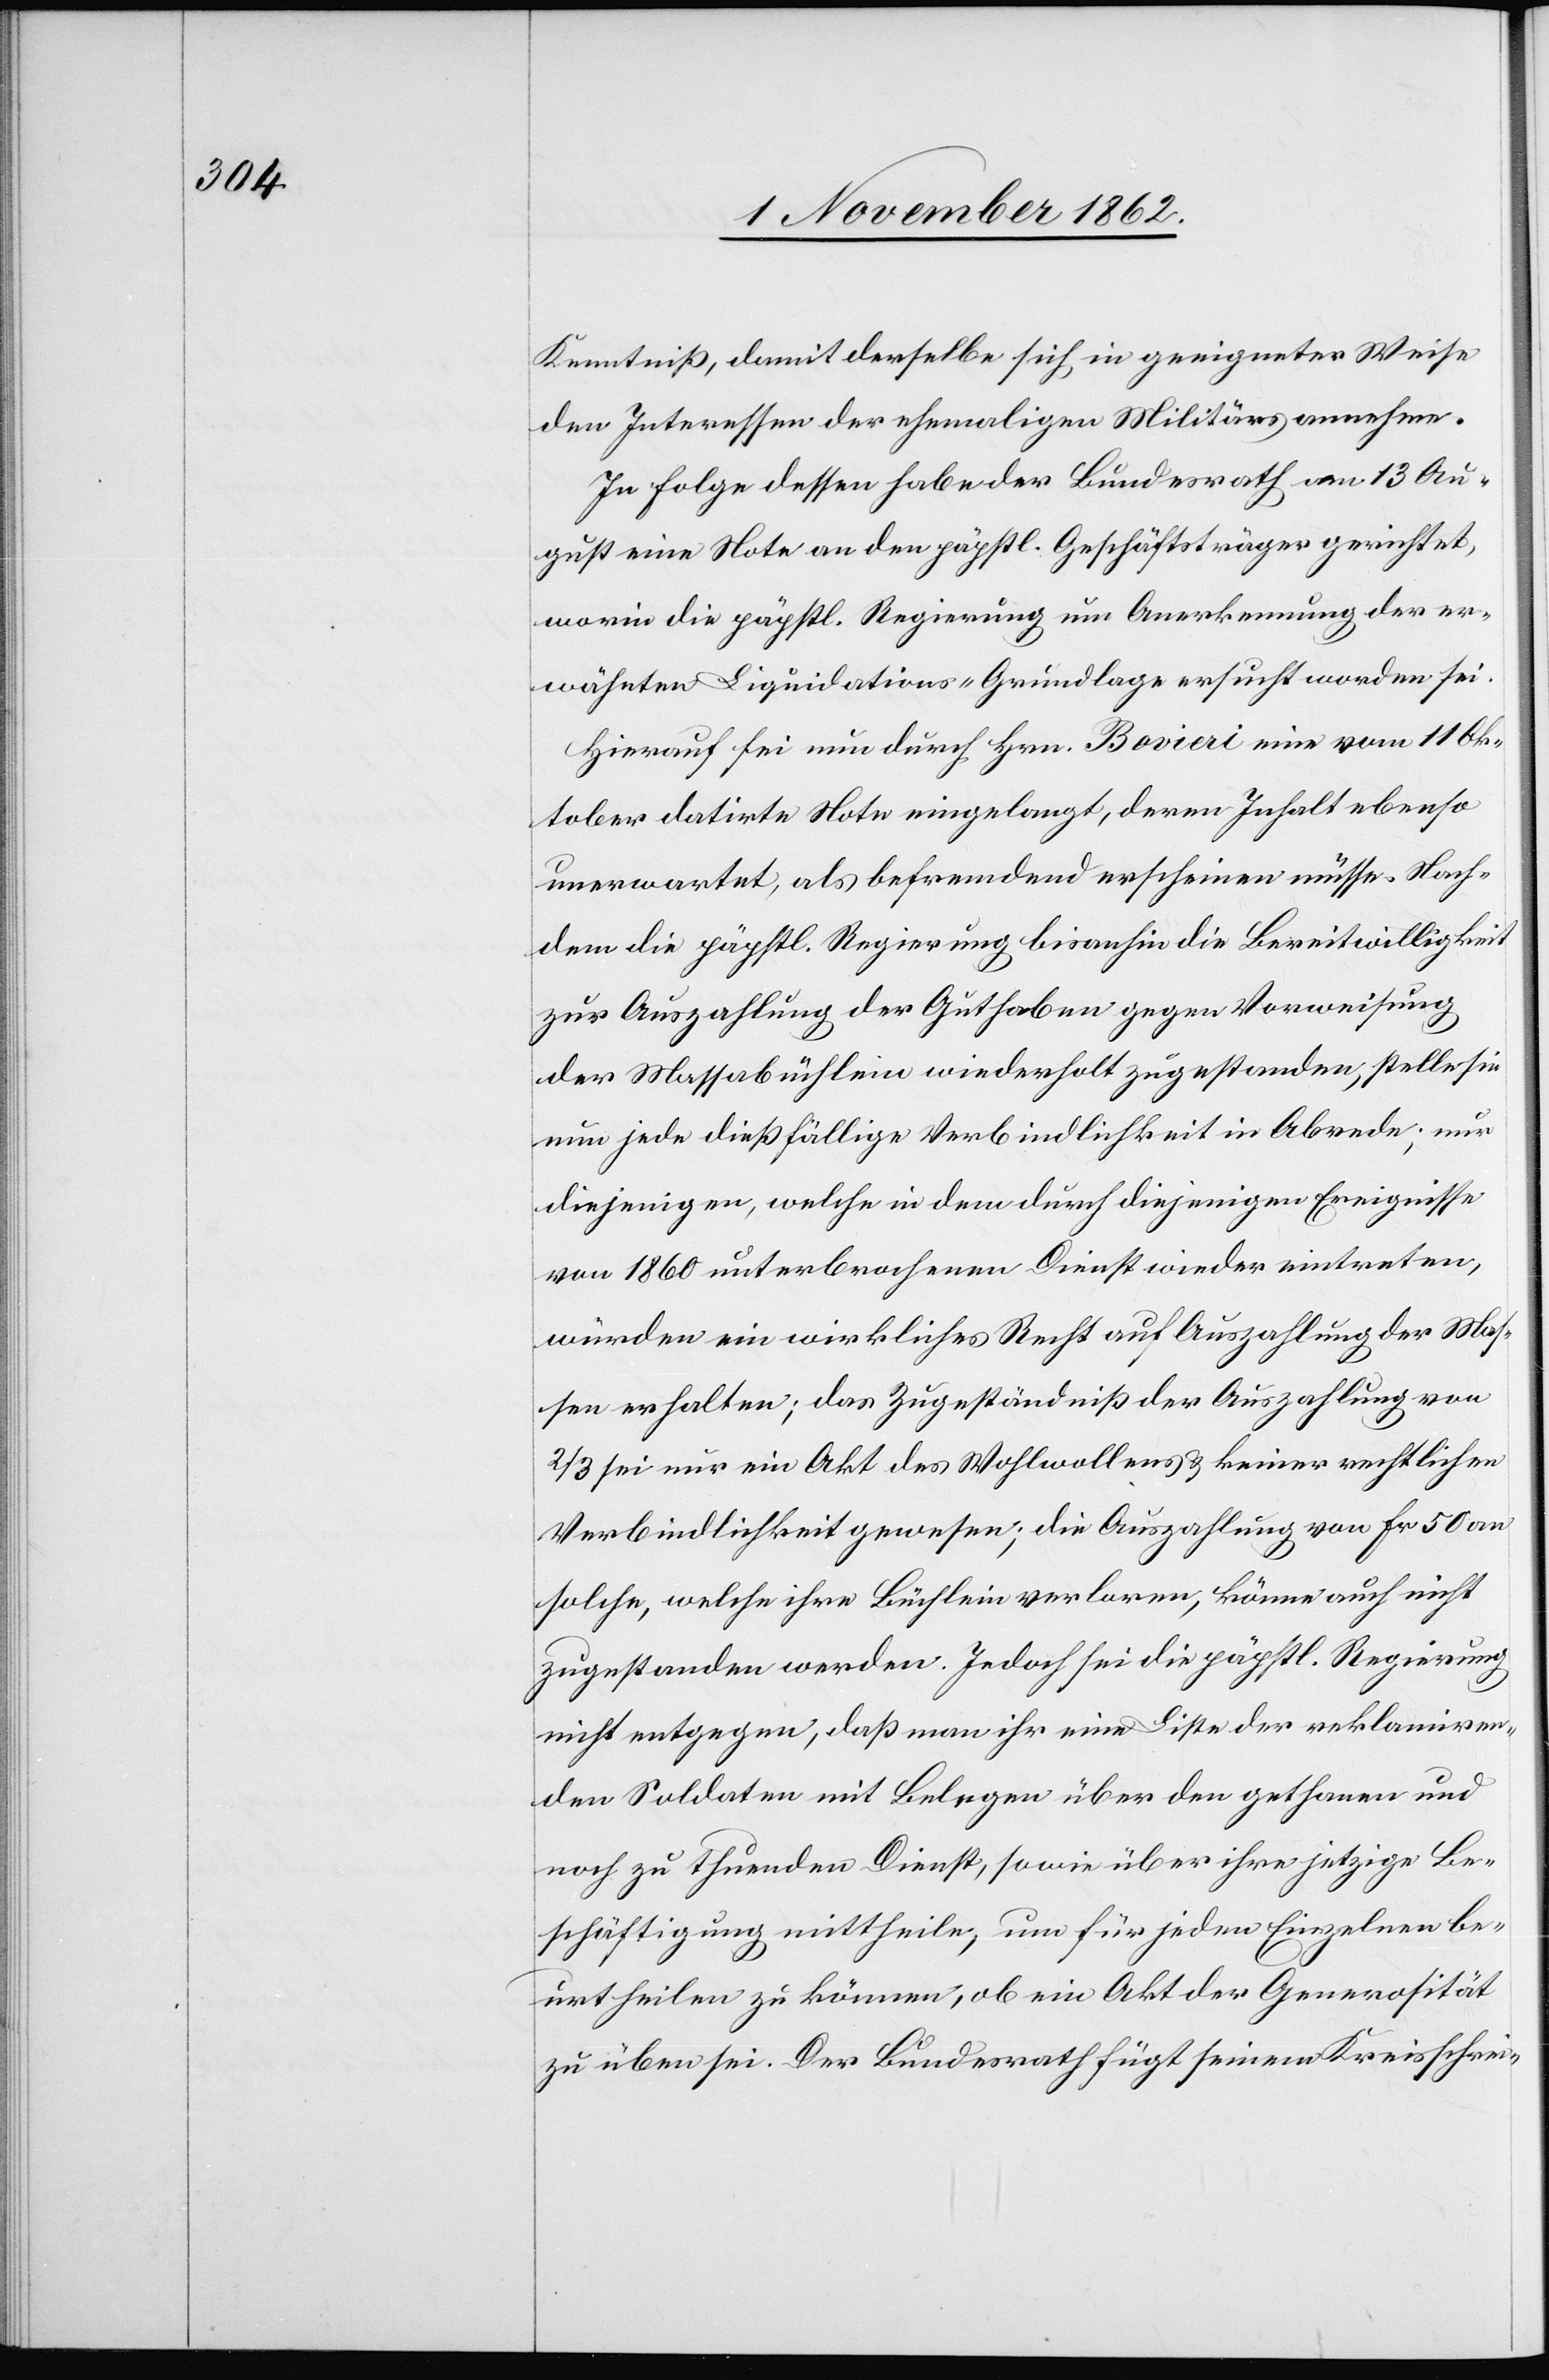
Kenntniß, damit derselbe sich in geeigneter Weise
den Interessen der ehemaligen Militärs annehme.
In Folge dessen habe der Bundesrath am 13. Au¬
gust eine Note an den päpstl. Geschäftsträger gerichtet,
worin die päpstl. Regierung um Anerkennung der er¬
wähnten Liquidations-Grundlage ersucht worden sei.
Hierauf sei nun durch Hrn. Bovieri eine vom 11. Ok¬
tober datirte Note eingelangt, deren Inhalt ebenso
unerwartet, als befremdend erscheinen müsse. Nach¬
dem die päpstl. Regierung bisanhin die Bereitwilligkeit
zur Auszahlung der Guthaben gegen Vorweisung
der Massabüchlein wiederholt zugestanden, stellte sie
nun jede dießfällige Verbindlichkeit in Abrede; nur
diejenigen, welche in dem durch diejenigen Ereignisse
von 1860 unterbrochenen Dienst wieder eintreten,
würden ein wirkliches Recht auf Auszahlung der Mas¬
sen erhalten; das Zugeständniß der Auszahlung von
2/3 sei nur ein Akt des Wohlwollens u. keiner rechtlichen
Verbindlichkeit gewesen; die Auszahlung von Fr. 50 an
solche, welche ihre Büchlein verloren, könne auch nicht
zugestanden werden. Jedoch sei die päpstl. Regierung
nicht entgegen, daß man ihr eine Liste der reklamiren¬
den Soldaten mit Belegen über den gethanen und
noch zu thuenden Dienst, sowie über ihre jetzige Be¬
schäftigung mittheile, um für jeden Einzelnen be¬
urtheilen zu können, ob ein Akt der Generosität
zu üben sei. Der Bundesrath fügt seinem Kreisschrei-